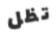
تظل